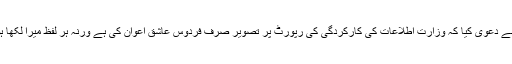
انہوں نے دعویٰ کیا کہ وزارت اطلاعات کی کارکردگی کی رپورٹ پر تصویر صرف فردوس عاشق اعوان کی ہے ورنہ ہر لفظ میرا لکھا ہوا ہے۔